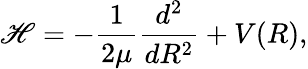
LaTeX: \mathscr{H}=-\frac{{1}}{{2\mu}}\frac{{d^{2}}}{{dR^{2}}}+V(R),